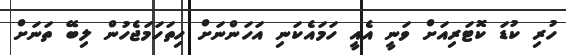
ހުރި ކުޑަ ކޮޓަރިއަށް ވަނީ އެއީ ހަމައެކަނި އަހަންނަށް ހިތަހަމަޖެހުން ލިބޭ ތަނަށް